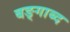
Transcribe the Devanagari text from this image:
बङ्गाब्द